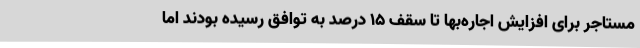
مستاجر برای افزایش اجاره‌بها تا سقف ۱۵ درصد به توافق رسیده بودند اما